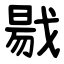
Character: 㦹